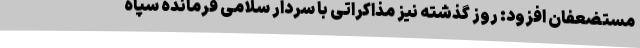
مستضعفان افزود: روز گذشته نیز مذاکراتی با سردار سلامی فرمانده سپاه